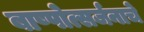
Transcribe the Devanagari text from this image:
बाष्पोत्सर्जनाचे